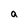
Character: a